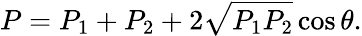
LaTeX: P=P_{1}+P_{2}+2\sqrt{P_{1}P_{2}}\cos\theta.